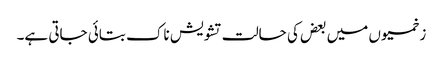
زخمیوں میں بعض کی حالت تشویش ناک بتائی جاتی ہے۔